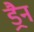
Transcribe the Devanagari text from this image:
ड्रैन